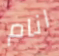
انام